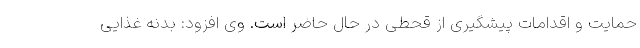
حمایت و اقدامات پیشگیری از قحطی در حال حاضر است. وی افزود: بدنه غذایی